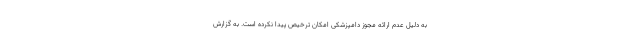
به دلیل عدم ارائه مجوز دامپزشکی امکان ترخیص پیدا نکرده است. به گزارش